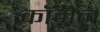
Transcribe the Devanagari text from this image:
कॉमेन